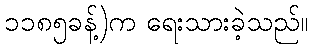
၁၁၈၅ခန့်)က ရေးသားခဲ့သည်။